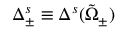
\Delta _ { \pm } ^ { s } \equiv \Delta ^ { s } ( \tilde { Ω } _ { \pm } )